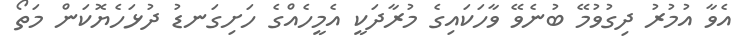
އެވާ އުމުރު ދިގުވުމޭ ބުނެވޭ ވާހަކައިގެ މުރާދަކީ އެމީހެއްގެ ހަށިގަނޑު ދުޅަހެޔޮކަން މަތޯ